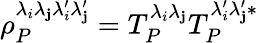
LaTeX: \rho_{P}^{\lambda_{i}\lambda_{\mathbf{j}}\lambda_{i}^{\prime}\lambda_{\mathbf{j}}^{\prime}}=T_{P}^{\lambda_{i}\lambda_{\mathbf{j}}}T_{P}^{\lambda_{i}^{\prime}\lambda_{\mathbf{j}}^{\prime}*}